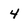
Character: 4